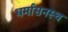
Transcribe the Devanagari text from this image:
धर्मासनस्थ